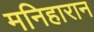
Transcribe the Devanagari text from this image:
मनिहारान